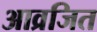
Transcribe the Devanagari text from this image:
आव्रजित